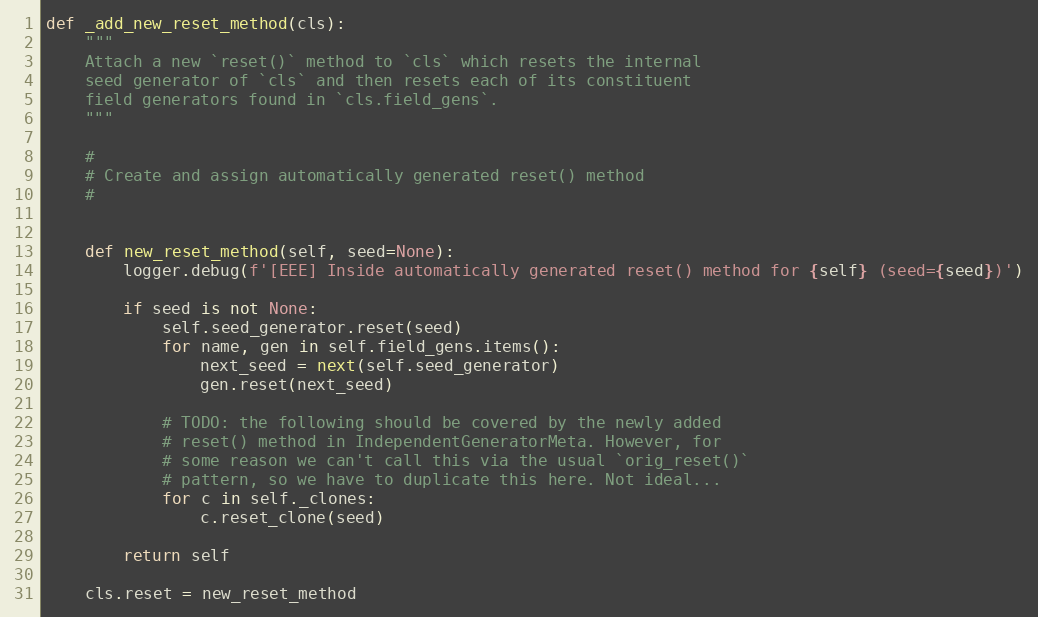
Language: Python
def _add_new_reset_method(cls):
    """
    Attach a new `reset()` method to `cls` which resets the internal
    seed generator of `cls` and then resets each of its constituent
    field generators found in `cls.field_gens`.
    """

    #
    # Create and assign automatically generated reset() method
    #

    def new_reset_method(self, seed=None):
        logger.debug(f'[EEE] Inside automatically generated reset() method for {self} (seed={seed})')

        if seed is not None:
            self.seed_generator.reset(seed)
            for name, gen in self.field_gens.items():
                next_seed = next(self.seed_generator)
                gen.reset(next_seed)

            # TODO: the following should be covered by the newly added
            # reset() method in IndependentGeneratorMeta. However, for
            # some reason we can't call this via the usual `orig_reset()`
            # pattern, so we have to duplicate this here. Not ideal...
            for c in self._clones:
                c.reset_clone(seed)

        return self

    cls.reset = new_reset_method